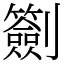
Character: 𠠬